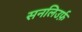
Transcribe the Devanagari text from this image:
सनलिउर्फ़